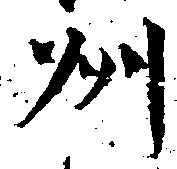
州